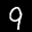
Label: 9